Vital statistics of India. Vol. VI, European troops 1870-79
Year: 1870
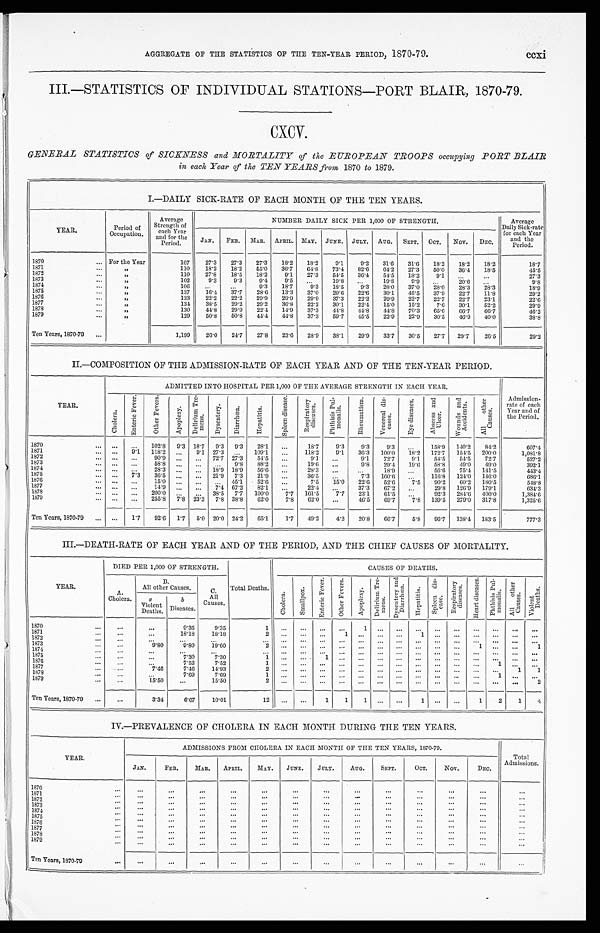
AGGREGATE OF THE STATISTICS OF THE TEN-YEAR PERIOD, 1870-79.
ccxi
III.-STATISTICS OF INDIVIDUAL STATIONS-PORT BLAIR, 1870-79.
CXCV.
GENERAL STATISTICS of SICKNESS and MORTALITY of the EUROPEAN TROOPS occupying PORT BLAIR
in each Year of the TEN YEARS from
1870 to 1879.
I.—DAILY SICK-RATE OF EACH MONTH OF THE TEN YEARS.
YEAR.
Period of
Occupation .
Average
Strength of
each Year
and for the
Period.
NUMBER DAILY SICK PER 1,000 OF STRENGTH.
Average
Daily Sick-rate
for each Year
and the
Period.
J A N .
FEB.
MAR.
APRIL. MAY.
JUNE. JULY.
AUG.
SEPT.
OCT.
NOV.
DEC.
1870
For the Year
107
27.3
27.3
2 7 . 3
18.2
18.2
9.1
9.2
3 1 . 6
31.6
18.2
18.2
1 8 . 2
18.7
1871
,,
110
18.2
18.2
55.0
3 6 . 7
6 4 . 8
73.4
82.6
64.2
27.3
50.0
36.4
18.5
45.5
1872
,,
110
27.8
18.5
18.2
9.1
27.3
54.5
36.4
54.5
18.2
.9.1
. . .
. . .
27.3
1873
,,
102
9.3
9.3
9.4
9.5
. . .
19.8
. . .
19.8
9.9
. . .
.
20.6
. . .
9.8
1874
,,
106
. . .
. . .
9.3
18.7
9.3
18.5
9.3
28.0
37.0
28.0
28.3
28 . .3
18.9
1875
,,
137
16.4
37.7
28.6
13.3
37.0
29.6
22.6
30.1
45.5
37.9
22.7
11.8
29.2
1876
,,
133
22.2
22.2
29.9
29.9
29.9
37.3
22.2
29.9
22.7
22.7
22.7
23.1
22.6
1877
,,
134
38.5
29.2
29.2
36.8
22.2
30.1
22.4
15.0
15.2
7.6
30.1
52.2
29.9
1878
...
,,
130
44.8
29.9
22.4
14.9
37.3
44.8
44.8
44.8
70.3
65.6
66.7
66.7
46.2
1879
,,
129
50.8
50.8
44.4
44.8
37.3
59.7
45.5
22.9
22.9
30.5
46.9
40.0
38.8
Ten Years, 1870-79
1,199
26.0
24.7
27.8
23.6
28.9
38.1
29.9
33.7
30.5
27.7
29.7
26'5
29.2
II.—COMPOSITION OF THE ADMISSION-RATE OF EACH YEAR AND OF THE TEN-YEAR PERIOD.
YEAR.
ADMITTED INTO HOSPITAL PER 1,000 OF THE AVERAGE STRENGTH IN EACH YEAR.
Admission-
rate of each
Year and of
the Period.
C h o l e r a .
E n t e r i c F e v e r .
O t h e r F e v e r s .
A p o p l e x y .
D e l i r i u m T r e - m e n s .
D y s e n t r y .
Di ar r hoea.
H e p a t i t i s .
S p l e e n d i s e a s e .
R e s p i r a t o r y d i s e a s e s .
P h t h i s i s P u l - m o n a l i s .
R h e u m a t i s m .
V e n e r e a l d i s - e a s e s .
E y e d i s e a s e s .
A b s e e s s a n d U l e e r .
W o u n d s a n d A c c i d e n t s .
A l l o t h e r C a u s e s .
1870
...
...
102.8
9.3 18.7
9.3
9.3
28.1
...
18.7
9.3
9.3
9.3
...
158.9
140.2
84.2
607.4
1871
...
9.1
118.2
. . . 9.1 27.3
...
109.1
...
118.2
9.1
36.3
100.0
18.2
172.7
154.5
200.0
1,081.8
1872
. . .
...
90.9
... ...
72.7 27.3
54.5 ...
9.1
...
9.1
72.7
9.1
54.5
545
72.7
527.2
1 8 7 3
. . .
...
58.8
...
. . .
...
9.8
88.2 ...
19.6
...
9.8
29.4
19.6
68.8
49.0
49.0
392.1
1 8 7 4
. . .
...
28.3
...
...
1 8 . 9
18.9
56.6
...
28.3
...
...
18.9
...
56.6
75.4
141.5
443.4
1875
. . .
7.3
36.5
...
. . .
21.9
7.3
21.9
. . .
36.5
. . . 7.3
160.6
. . .
116.8
124. 0
146.0
686.1
1876
...
...
15.0
...
...
. . . 45.1
52.6
..,
7.5
15.0
22.6
52.6
7.5
90.2
60.2
180.5
548.8
1877
. . .
...
14.9
... ...
7.4 67.2
82.1
. . .
22.4
. . .
37.3
67.2
. . .
29.8
126.9
179.1
6 3 4 . 3
1578
. . .
. . .
200.0
. . .
. . .
38.5
7.7
100.0
7.7
161.5
7.7
23.1
61.5
. . .
92.3
284. 6
400.0
1,384.6
1879
...
...
255.8
7.8 23.3
7.8 38.8
62.0
7.8
62.0
...
46.5
69.7
7.8
139.5
279.0
317.8
1,325.6
Ten Years, 1870-79
. . .
1.7
92.6
1 . 7
5 . 0 20.0 24.2
65.1
1.7
49.2
4.2
20.8
66.7
5.8
96.7
138,1
183.5
777.3
III.—DEATH-RATE OF EACH YEAR AND OF THE PERIOD, AND THE CHIEF CAUSES OF MORTALITY.
YEAR.
DIED PER 1,000 OF STRENGTH.
Total Deaths.
CAUSES OF DEATIIS.
A.
Cholera.
B.
All other Causes.
C.
All
Causes.
C h o l e r a .
S m a l l p o x .
E n t e r i c F e v e r .
O t h e r F e v e r s .
A p o p l e x y .
D e l i r i u m T r e - m e n s . D y s e n t r y a n d D i a r r h o e a .
H e p a t i t i s .
S p l e e n d i s - e a s e s .
R e s p i r a t o r y d i s e a s e s .
H e a r t d i s e a s e s .
Pht hi si s Pul - monal i s.
A l l o t h e r C a u s e s .
V i o l e n t D e a t h s .
a
Violent
Deaths.
b
Diseases.
1870
. . .
. . .
9.35
9.35
1
. . .
. . .
. . . ...
1
. . . ...
... ...
...
...
...
. . .
. . .
1871
. . .
. . .
18.18
18.18
2
. . .
. . .
. . .
1
...
. . . ...
1 ...
...
...
...
. . .
. . .
1872
. . .
. . .
. . .
. . .
. . . ...
...
...
...
...
...
...
...
...
...
...
...
...
...
1873
...
9 . 8
9 . 8 0
1 9 . 6 0
2
. . .
. . .
. . . ...
. . .
. . . ...
... ...
...
1
...
...
2
1874
. . .
...
...
...
. . . . . .
...
...
...
...
...
...
... ...
...
. . .
...
. . .
. . .
1875
. . .
. . .
. . .
7.30
1
...
...
1 ...
. . .
. . . ...
...
...
...
...
...
...
...
187 6
. . .
. . .
7.52
7.52
1
. . .
. . .
. . . ...
. . .
. . . ...
... ...
...
...
1
. . .
. . .
1877
. . .
7.46
7.46
14.93
2
. . .
. . .
. . . ...
...
...
...
... ...
...
...
. . .
1
1
1878
. . .
. . .
7.69
7.69
1
. . .
. . .
. . . ...
. . .
. . . ...
...
...
...
...
1
. . .
. . .
1879
...
1 5 . 5 0
...
15.50
2
. . .
. . .
. . . ...
. . .
. . . ... ...
...
...
...
. . .
. . .
2
Ten Years, 1870-79
...
3.34
6.67
10.01
1 2
. . .
. . .
1
1
1
...
... 1
...
...
1
2
1
4
IV.—PREVALENCE OF CHOLERA IN EACH MONTH DURING THE TEN YEARS.
YEAR .
ADMISSIONS FROM CHOLERA IN EACH MONTH OF THE TEN YEARS, 1870-79.
Total
Admissions.
JAN.
FEB.
MAR.
APRIL.
MAY.
JUNE.
JULY.
AUG.
SEPT.
OCT.
NOV.
DEC.
1870
. . .
. . .
. . .
. . .
. . .
. . .
. . .
. . .
...
...
...
...
...
...
...
. . .
...
...
. . .
. . .
. . .
. . .
. . .
. . .
. . .
...
1 8 7 2
. . .
. . .
. . .
. . .
. . .
. . .
. . .
...
...
...
...
. . .
. . .
1873
. . .
. . .
. . .
. . .
. . .
. . .
. . .
. . .
. . .
. . .
. . .
. . .
. . .
1874
...
...
. . .
. . .
. . .
. . .
. . .
. . .
. . .
...
...
. . .
...
1875
...
...
. . .
. . .
. . .
. . .
. . .
...
. . .
...
...
. . .
. . .
1876
. . .
. . .
...
. . .
. . .
. . .
. . .
. . .
. . .
. . .
...
. . .
. . .
1877
. . .
. . .
. . .
. . .
. . .
. . .
. . .
...
. . .
. . .
. . .
. ..
...
1878
...
. . .
. . .
. . .
. . .
. . .
. . .
. . .
. . .
. . .
. . .
...
...
1879
...
...
...
...
...
...
...
. . .
. . .
. . .
. . .
. . .
. . .
Ten Years, 1870-79
...
...
. . .
. . .
. . .
. . .
. . .
. . .
...
...
...
. . .
. . .